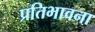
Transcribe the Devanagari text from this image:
प्रतिभावना